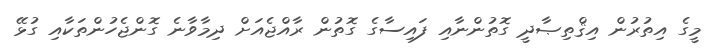
މީގެ އިތުރުން އިޤްތިޞާދީ ގޮތުންނާއި ފައިސާގެ ގޮތުން ރާއްޖެއަށް ދިމާވާނެ ގޮންޖެހުންތަކާއި ގުޅޭ